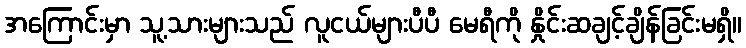
အကြောင်းမှာ သူ့သားများသည် လူငယ်များပီပီ မေရီကို နှိုင်းဆချင့်ချိန်ခြင်းမရှိ။